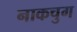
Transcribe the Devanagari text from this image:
नाकचुग